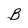
Character: B